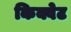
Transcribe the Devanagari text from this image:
किक्वेट